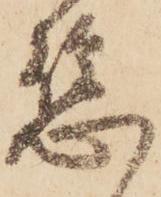
應